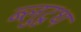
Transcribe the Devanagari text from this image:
ब्लुटूथ